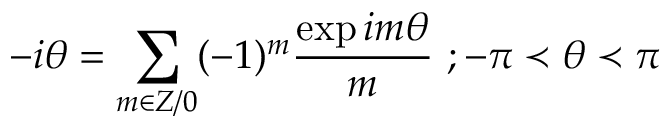
- i \theta = \sum _ { m \in Z / 0 } ( - 1 ) ^ { m } \frac { \exp i m \theta } { m } \textrm { } ; - \pi \prec \theta \prec \pi